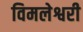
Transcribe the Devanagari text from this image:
विमलेश्वरी